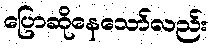
ပြောဆိုနေသော်လည်း